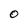
Character: O